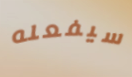
سيفعله